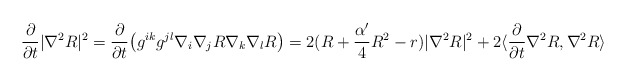
\begin{align*}\frac{\partial}{\partial t}|\nabla^2 R|^2&=\frac{\partial}{\partial t}\big(g^{ik}g^{jl}\nabla_i\nabla_jR\nabla_k\nabla_lR\big) =2(R+\frac{\alpha'}{4}R^2-r)|\nabla^2R|^2+2\langle\frac{\partial}{\partial t}\nabla^2 R,\nabla^2 R\rangle\end{align*}